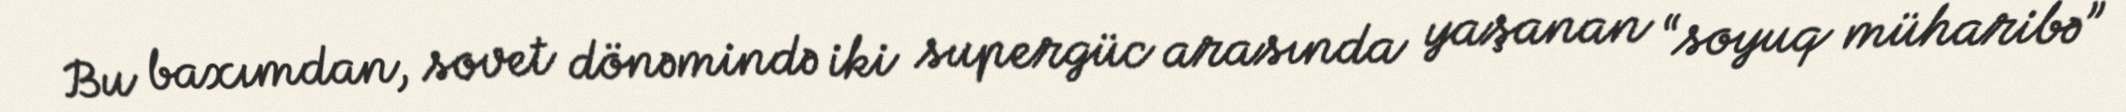
Bu baxımdan, sovet dönəmində iki supergüc arasında yaşanan “soyuq müharibə”